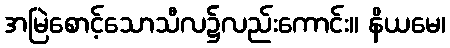
အမြဲစောင့်သောသီလ၌လည်းကောင်း။ နိယမေ၊